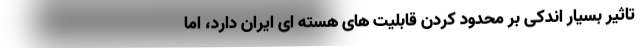
تاثیر بسیار اندکی بر محدود کردن قابلیت های هسته ای ایران دارد، اما